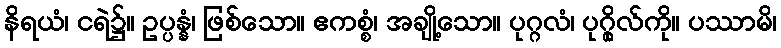
နိရယံ၊ ငရဲ၌။ ဥပ္ပန္နံ၊ ဖြစ်သော။ ဧကစ္စံ၊ အချို့သော။ ပုဂ္ဂလံ၊ ပုဂ္ဂိုလ်ကို။ ပဿာမိ၊